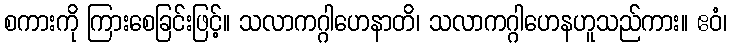
စကားကို ကြားစေခြင်းဖြင့်။ သလာကဂ္ဂါဟေနာတိ၊ သလာကဂ္ဂါဟေနဟူသည်ကား။ ဧဝံ၊